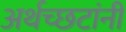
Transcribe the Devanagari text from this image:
अर्थच्‍छटांनी